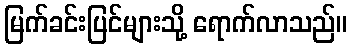
မြက်ခင်းပြင်များသို့ ရောက်လာသည်။